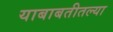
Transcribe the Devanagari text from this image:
याबाबतीतल्या